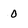
Character: 0